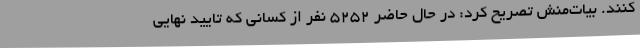
کنند. بیات‌منش تصریح کرد: در حال حاضر 5252 نفر از کسانی که تایید نهایی